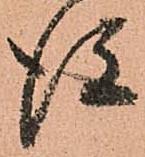
後